Lunatic asylums Central Provinces reports 1910-1926 - 1910-1926
Year: 1910
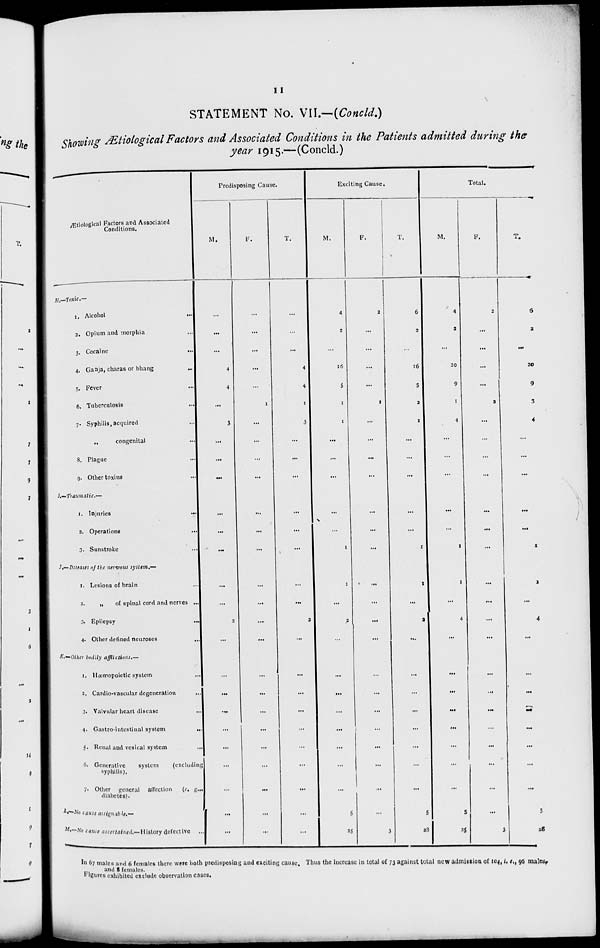
11
STATEMENT No. VII.—(Concld.)
Showing Ætiological Factors and Associated Conditions in the Patients admitted during the
year 1915.—(Concld.)
Ætiological Factors and Associated
Conditions.
II.—Toxic. —
1. Alcohol
...
2. Opium and morphia ...
3. Cocaine
...
4. Ganja, charas or bhang ...
5. Fever ...
6, Tuberculosis ...
7. Syphilis, acquired ...
„
congenital ...
8. Plague ...
9. Other toxins ...
I.—Traumatic—
1. Injuries
...
2. Operations ...
3. Sunstroke ...
J.—Diseases of the nervous system.—
1. Lesions of brain ...
2.
„
of spinal cord and nerves ...
3. Epilepsy
...
4. Other defined neuroses ...
K—Other bodily afflictions.—
1. Hæmopoietic system ...
2. Cardio-vascular degeneration ...
3. Valvular heart disease ...
4. Gastro-intestinal system
...
5. Renal and vesical system ...
6. Generative
system
(excluding
syphilis).
7. Other general affection
(e. g ...
diabetes).
L. —No cause assignable.—
M.—No cause ascertained.— History defective ...
Predisposing Cause.
M.
...
...
...
4
4
...
3
...
...
...
...
...
...
...
...
2
...
...
...
...
...
...
...
...
...
...
F.
...
...
...
...
...
1
...
...
...
...
...
...
...
...
...
...
...
...
...
...
...
...
...
...
...
...
T.
...
...
...
4
4
1
3
...
...
...
...
...
...
...
...
2
...
...
...
...
...
...
...
...
...
...
Exciting Cause.
M.
4
2
...
16
5
1
1
...
...
...
...
...
1
1
...
2
...
...
...
...
...
...
...
...
5
25
F.
2
...
...
...
...
1
...
...
...
...
...
...
...
...
...
...
...
...
...
...
...
...
...
...
...
3
T.
6
2
...
16
5
2
1
...
...
...
...
...
1
1
...
2
...
...
...
...
...
...
...
...
5
28
Total.
M.
4
2
...
20
9
1
4
...
...
...
...
...
1
1
...
4
...
...
...
...
...
...
...
...
5
35
F.
2
...
...
...
...
2
...
...
...
...
...
...
...
...
...
...
...
...
...
...
...
...
...
...
...
3
T.
6
2
...
20
9
3
4
...
...
...
...
...
1
1
...
4
...
...
...
...
...
...
...
...
5
28
In 67 males and 6 females there were both predisposing and exciting cause. Thus the Increase in total of 73 against total new admission of 104, i,e,. 96 males.
and 8 females.
Figures exhibited exclude observation cases.